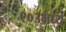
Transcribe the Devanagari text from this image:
९०३मध्ये